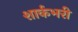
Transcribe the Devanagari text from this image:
शार्कभरी